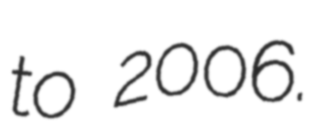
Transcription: to 2006.